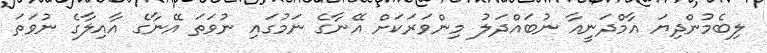
ލިބެމުންދިޔަ އާމްދަނީއާ ނުބައްދަލު މިންވަރަކަށް އޭނާގެ ނަމުގައި ނުވަތަ އޭނާގެ އާއިލާގެ ނުވަތަ